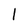
Character: 1